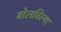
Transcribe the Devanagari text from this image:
बोलविल्या